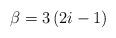
LaTeX: \begin{align*}\beta=3\left(2i-1\right)\end{align*}